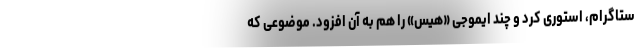
ستاگرام، استوری کرد و چند ایموجی «هیس» را هم به آن افزود. موضوعی که